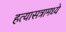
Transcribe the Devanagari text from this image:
हत्यासत्रामध्ये